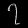
Digit: ၇